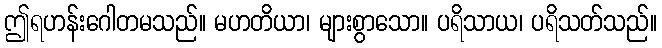
ဤရဟန်းဂေါတမသည်။ မဟတိယာ၊ များစွာသော။ ပရိသာယ၊ ပရိသတ်သည်။